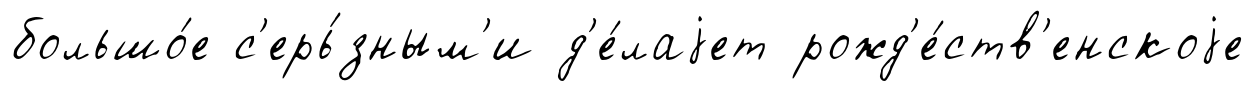
большо́е с'ерь́зным'и д'е́лаjет рожд'е́ств'енскоjе